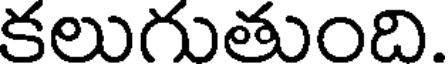
కలుగుతుంది.